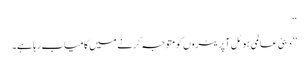
‘‘
’’دبئی عالمی ہوٹل آپریٹروں کو متوجہ کرنے میں کامیاب رہا ہے۔